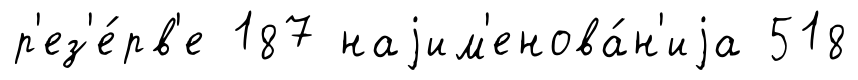
р'ез'е́рв'е 187 наjим'енова́н'иjа 518